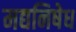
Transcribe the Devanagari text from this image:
मद्यनिषेध